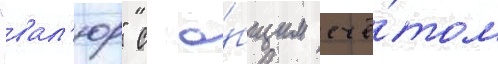
"вал'юр" с о́бщим счё́том